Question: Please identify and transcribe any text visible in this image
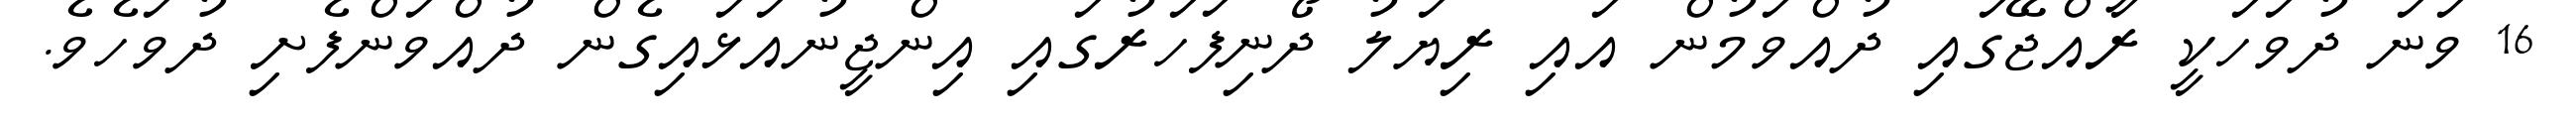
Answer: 16 ވަނަ ދުވަހަކީ ރާއްޖޭގައި ދުއްވަމުން އައި ރިޔަލު ދޯނިފަހަރުގައި އިންޖީނުއަޅައިގެން ދުއްވަންފެށި ދުވަހެވެ.